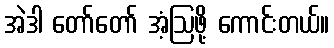
အဲဒါ တော်တော် အံ့ဩဖို့ ကောင်းတယ်။